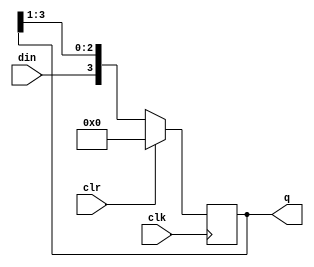
`timescale 1ns / 1ps

module SIPO(
input din,clk,clr,
output reg [3:0] q
    );
    reg [3:0] temp;
    always@(posedge clk)
    if(clr==1'b1)
    q<=4'b0000;
    else begin
    temp=q>>1;
    q={din,temp[2:0]};
    end
  
endmodule